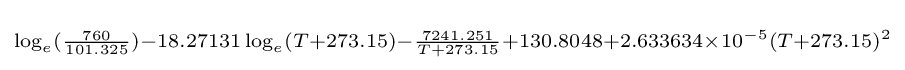
\scriptstyle \log _{e}({\frac {760}{101.325}})-18.27131\log _{e}(T+273.15)-{\frac {7241.251}{T+273.15}}+130.8048+2.633634\times 10^{-5}(T+273.15)^{2}